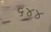
૬૪૪